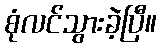
စုံလင်သွားခဲ့ပြီ။